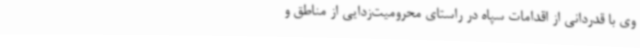
وی با قدردانی از اقدامات سپاه در راستای محرومیت‌زدایی از مناطق و